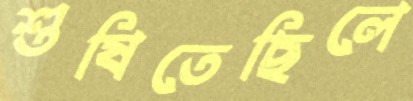
শুষিতেছিলে